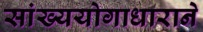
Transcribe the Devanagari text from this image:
सांख्ययोगाधाराने